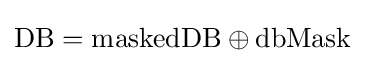
\mathrm {DB} =\mathrm {maskedDB} \oplus \mathrm {dbMask}